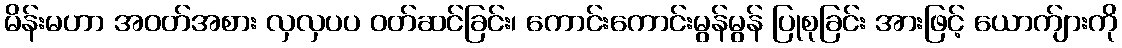
မိန်းမဟာ အဝတ်အစား လှလှပပ ဝတ်ဆင်ခြင်း၊ ကောင်းကောင်းမွန်မွန် ပြုစုခြင်း အားဖြင့် ယောက်ျားကို